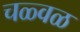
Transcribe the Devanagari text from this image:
चळ्वळ